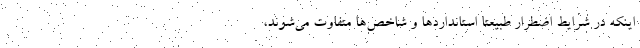
اینکه در شرایط اضطرار طبیعتاً استانداردها و شاخص‌ها متفاوت می‌شوند،